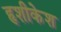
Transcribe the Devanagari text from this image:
हृशीकेश